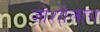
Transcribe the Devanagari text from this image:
जोशोलांग